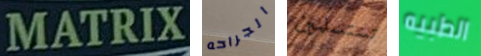
MATRIX الجراحه تستسلمين الطبيه